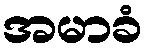
အမာခံ